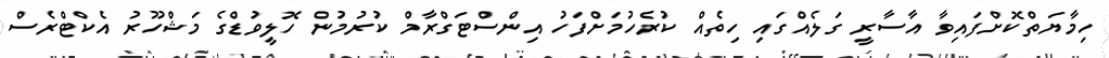
ހިމާޔަތްކޮށްފައިވާ އާސާރީ ގަލެއްގައި ހިތެއް ކުރެހުމަށްފަހު އިންސްޓަގްރާމް ކުރުމުން ހޮލީވުޑްގެ މަޝްހޫރު އެކްޓްރެސް